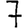
Digit: 7